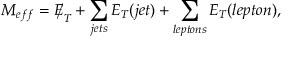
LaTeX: M _ { e f f } = E \llap / _ { T } + \sum _ { j e t s } E _ { T } ( j e t ) + \sum _ { l e p t o n s } E _ { T } ( l e p t o n ) ,